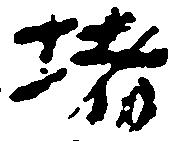
堵